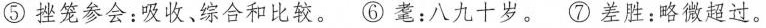
⑤挫笼参会：吸收、综合和比较。⑥耄：八九十岁。⑦差胜：略微超过。